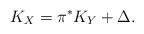
LaTeX: \begin{align*}K_X=\pi^{\ast}K_Y+\Delta.\end{align*}